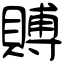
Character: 賻